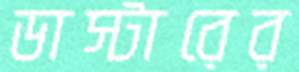
ডাস্টারের